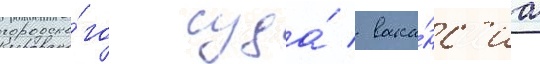
городско́го суда́ / вака́нс'иа